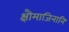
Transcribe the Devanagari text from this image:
क्षौमाजिनानि